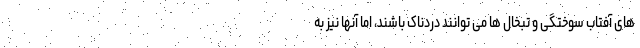
های آفتاب سوختگی و تبخال ها می توانند دردناک باشند، اما آنها نیز به